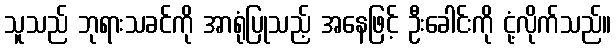
သူသည် ဘုရားသခင်ကို အာရုံပြုသည့် အနေဖြင့် ဦးခေါင်းကို ငုံ့လိုက်သည်။